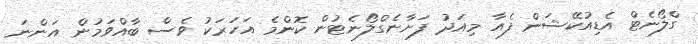
ގްލޯނެޓް އެޑިއުކޭޝަން ފެއާ މިއަދު ފަށާނެގްލޯނެޓުން ކޮންމެ އަހަރަކު ވެސް ބާއްވަމުން އަންނަ